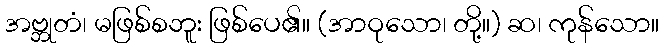
အဗ္ဘုတံ၊ မဖြစ်စဘူး ဖြစ်ပေ၏။ (အာဝုသော၊ တို့။) ဆ၊ ကုန်သော။